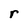
Character: r